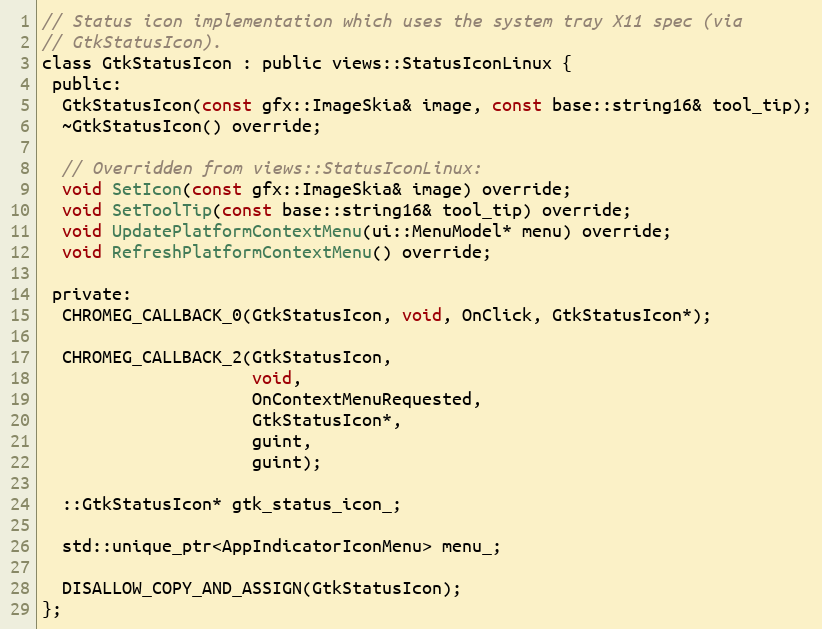
Language: C
// Status icon implementation which uses the system tray X11 spec (via
// GtkStatusIcon).
class GtkStatusIcon : public views::StatusIconLinux {
 public:
  GtkStatusIcon(const gfx::ImageSkia& image, const base::string16& tool_tip);
  ~GtkStatusIcon() override;

  // Overridden from views::StatusIconLinux:
  void SetIcon(const gfx::ImageSkia& image) override;
  void SetToolTip(const base::string16& tool_tip) override;
  void UpdatePlatformContextMenu(ui::MenuModel* menu) override;
  void RefreshPlatformContextMenu() override;

 private:
  CHROMEG_CALLBACK_0(GtkStatusIcon, void, OnClick, GtkStatusIcon*);

  CHROMEG_CALLBACK_2(GtkStatusIcon,
                     void,
                     OnContextMenuRequested,
                     GtkStatusIcon*,
                     guint,
                     guint);

  ::GtkStatusIcon* gtk_status_icon_;

  std::unique_ptr<AppIndicatorIconMenu> menu_;

  DISALLOW_COPY_AND_ASSIGN(GtkStatusIcon);
};